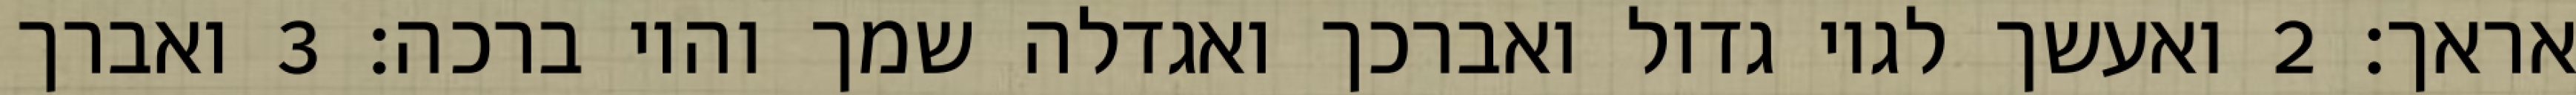
אראך׃ ‎2‏ ואעשך לגוי גדול ואברכך ואגדלה שמך והוי ברכה׃ ‎3‏ ואברך